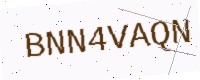
Text: BNN4VAQN